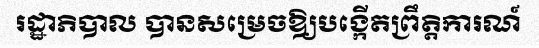
រដ្ឋាភិបាល បានសម្រេចឱ្យបង្កើតព្រឹត្តិការណ៍